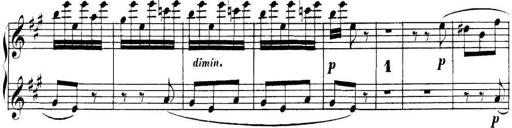
Title: Collected Piano Sonatas
Composer: Muzio Clementi